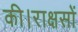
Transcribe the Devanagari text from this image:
की।राक्षसों